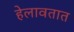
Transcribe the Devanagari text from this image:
हेलावतात